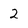
Character: 2